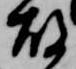
故